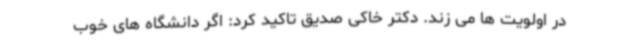
در اولویت ها می زند. دکتر خاکی صدیق تاکید کرد: اگر دانشگاه های خوب